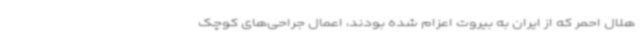
هلال احمر که از ایران به بیروت اعزام شده بودند، اعمال جراحی‌های کوچک